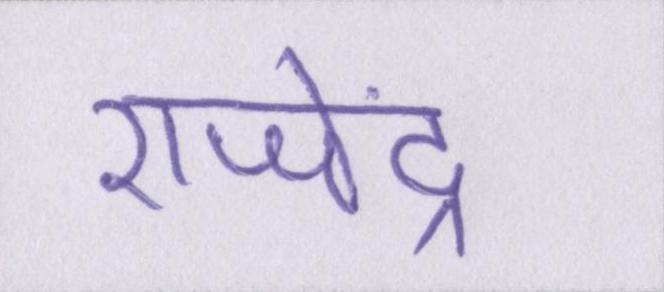
राजेंद्र